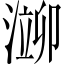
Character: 𬈢